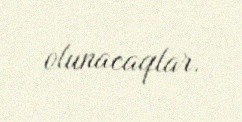
olunacaqlar.